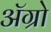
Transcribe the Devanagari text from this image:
अॅग्रो